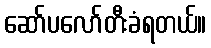
ဆော်ပလော်တီးခံရတယ်။